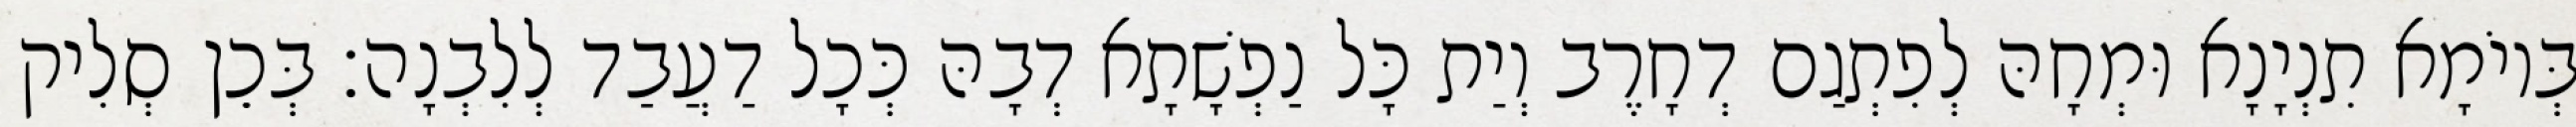
בְּיוֹמָא תִנְיָנָא וּמְחָהּ לְפִתְגַם דְחָרֶב וְיַת כָּל נַפְשָׁתָא דְבָהּ כְּכָל דַעֲבַד לְלִבְנָה׃ בְּכֵן סְלִיק